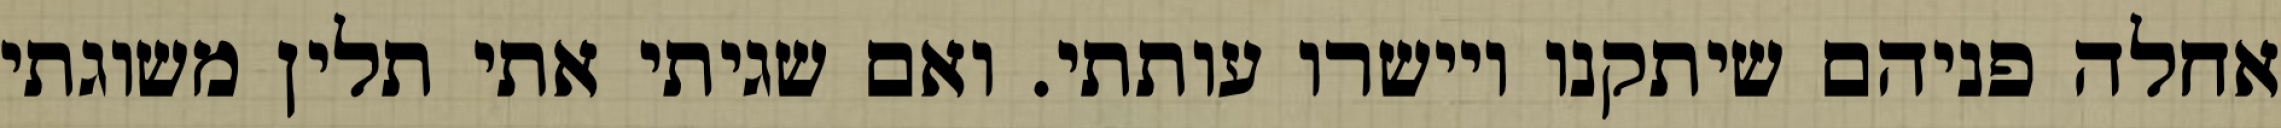
אחלה פניהם שיתקנו ויישרו עותתי. ואם שגיתי אתי תלין משוגתי